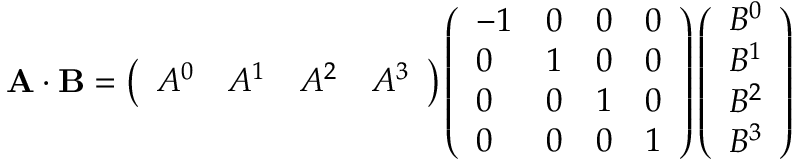
\mathbf { A \cdot B } = \left( { \begin{array} { l l l l } { A ^ { 0 } } & { A ^ { 1 } } & { A ^ { 2 } } & { A ^ { 3 } } \end{array} } \right) \left( { \begin{array} { l l l l } { - 1 } & { 0 } & { 0 } & { 0 } \\ { 0 } & { 1 } & { 0 } & { 0 } \\ { 0 } & { 0 } & { 1 } & { 0 } \\ { 0 } & { 0 } & { 0 } & { 1 } \end{array} } \right) \left( { \begin{array} { l } { B ^ { 0 } } \\ { B ^ { 1 } } \\ { B ^ { 2 } } \\ { B ^ { 3 } } \end{array} } \right)